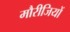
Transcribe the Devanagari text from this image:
मौरीजियों